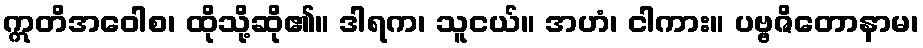
ဣတိအဝေါစ၊ ထိုသို့ဆို၏။ ဒါရက၊ သူငယ်။ အဟံ၊ ငါကား။ ပဗ္ဗဇိတောနာမ၊